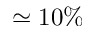
\simeq 1 0 \%